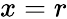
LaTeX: x=r